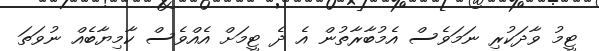
ޓީމު ވާދަކުރި ނަމަވެސް އެމުބާރާތުން އެ ދެ ޓީމަށް އެއްވެސް ކާމިޔާބެއް ނުވަތަ